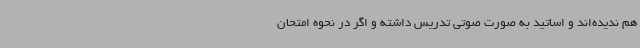
هم ندیده‌اند و اساتید به صورت صوتی تدریس داشته و اگر در نحوه امتحان